Report on sanitation, dispensaries, and jails in Rajputana for 1912, and on vaccination for the year 1912-1913 - 1912-1913
Year: 1912
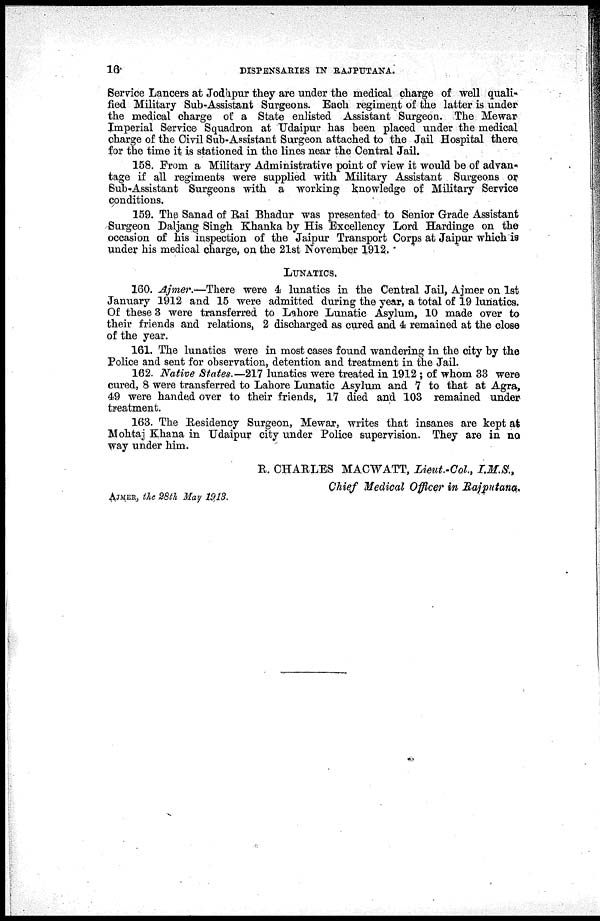
16
DISPENSARIES IN RAJPUTANA.
Service Lancers at Jodhpur they are under the medical charge of well quali-
fied Military Sub-Assistant Surgeons. Each regiment of the latter is under
the medical charge of a State enlisted Assistant Surgeon. The Mewar
Imperial Service Squadron at Udaipur has been placed under the medical
charge of the Civil Sub-Assistant Surgeon attached to the Jail Hospital there
for the time it is stationed in the lines near the Central Jail.
158. From a Military Administrative point of view it would be of advan-
tage if all regiments were supplied with Military Assistant Surgeons or
Sub-Assistant Surgeons with a working knowledge of Military Service
conditions.
159. The Sanad of Rai Bhadur was presented to Senior Grade Assistant
Surgeon Daljang Singh Khanka by His Excellency Lord Hardinge on the
occasion of his inspection of the Jaipur Transport Corps at Jaipur which is
under his medical charge, on the 21st November 1912. '
LUNATICS.
160. Ajmer.—There were 4 lunatics in the Central Jail, Ajmer on 1st
January 1912 and 15 were admitted during the year, a total of 19 lunatics.
Of these 3 were transferred to Lahore Lunatic Asylum, 10 made over to
their friends and relations, 2 discharged as cured and 4 remained at the close
of the year.
161. The lunatics were in most cases found wandering in the city by the
Police and sent for observation, detention and treatment in the Jail.
162. Native States.—217 lunatics were treated in 1912 ; of whom 33 were
cured, 8 were transferred to Lahore Lunatic Asylum and 7 to that at Agra,
49 were handed over to their friends, 17 died and 103 remained under
treatment.
163. The Residency Surgeon, Mewar, writes that insanes are kept at
Mohtaj Khana in Udaipur city under Police supervision. They are in no
way under him.
AJMER, the 28th May 1913.
R. CHARLES MACWATT, Lieut.-Col., I.M.S.,
Chief Medical Officer in Rajputana.